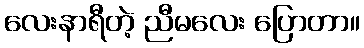
လေးနာရီတဲ့ ညီမလေး ပြောတာ။